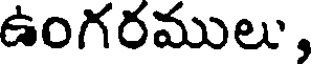
ఉంగరములు,